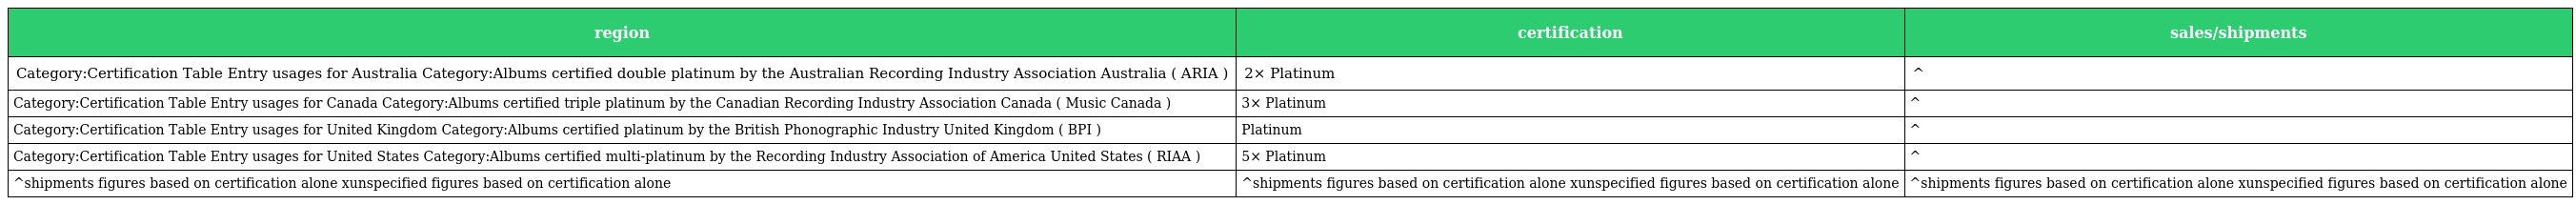
| region | certification | sales/shipments |
 | --- | --- | --- |
 | Category:Certification Table Entry usages for Australia Category:Albums certified double platinum by the Australian Recording Industry Association Australia ( ARIA ) | 2× Platinum | ^ |
 | Category:Certification Table Entry usages for Canada Category:Albums certified triple platinum by the Canadian Recording Industry Association Canada ( Music Canada ) | 3× Platinum | ^ |
 | Category:Certification Table Entry usages for United Kingdom Category:Albums certified platinum by the British Phonographic Industry United Kingdom ( BPI ) | Platinum | ^ |
 | Category:Certification Table Entry usages for United States Category:Albums certified multi-platinum by the Recording Industry Association of America United States ( RIAA ) | 5× Platinum | ^ |
 | ^shipments figures based on certification alone xunspecified figures based on certification alone | ^shipments figures based on certification alone xunspecified figures based on certification alone | ^shipments figures based on certification alone xunspecified figures based on certification alone |